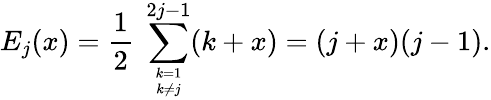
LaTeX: E_{j}(x)=\frac{1}{2}\; \sum_{{k=1\atop k\neq j}}^{2j-1}(k+x)=(j+x)(j-1).